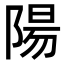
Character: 陽